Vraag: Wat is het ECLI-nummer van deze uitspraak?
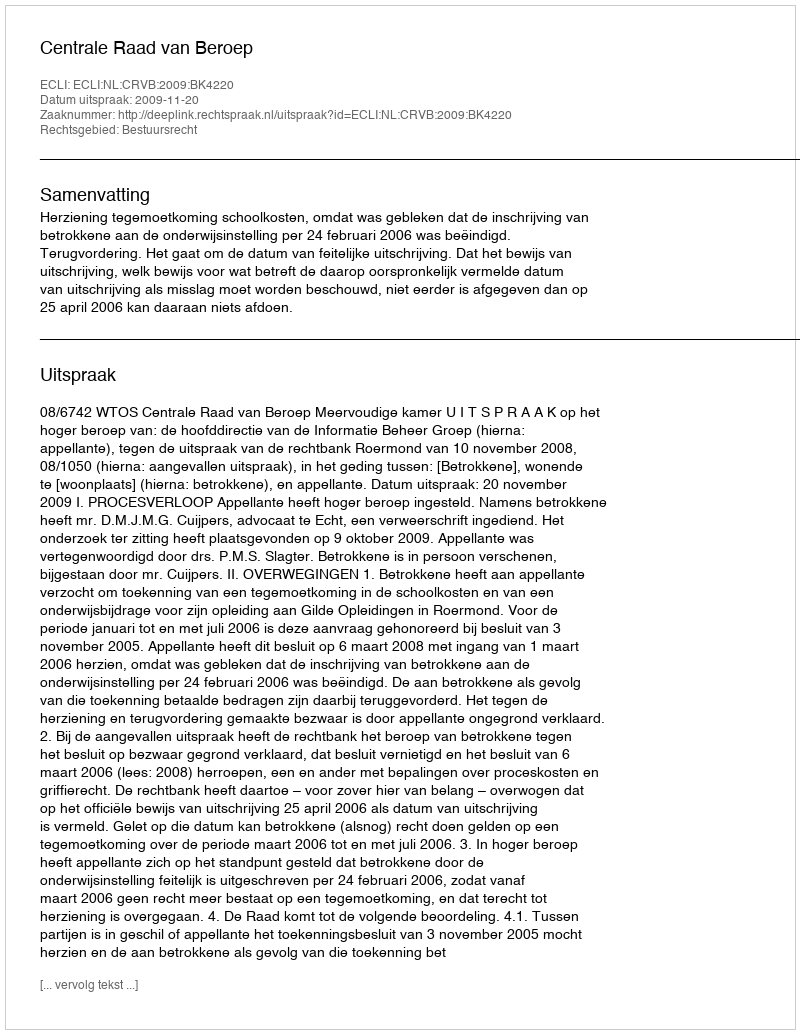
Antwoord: ECLI:NL:CRVB:2009:BK4220